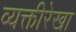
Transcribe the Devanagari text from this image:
व्यक्तीरेखा